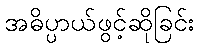
အဓိပ္ပာယ်ဖွင့်ဆိုခြင်း